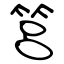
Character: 筥